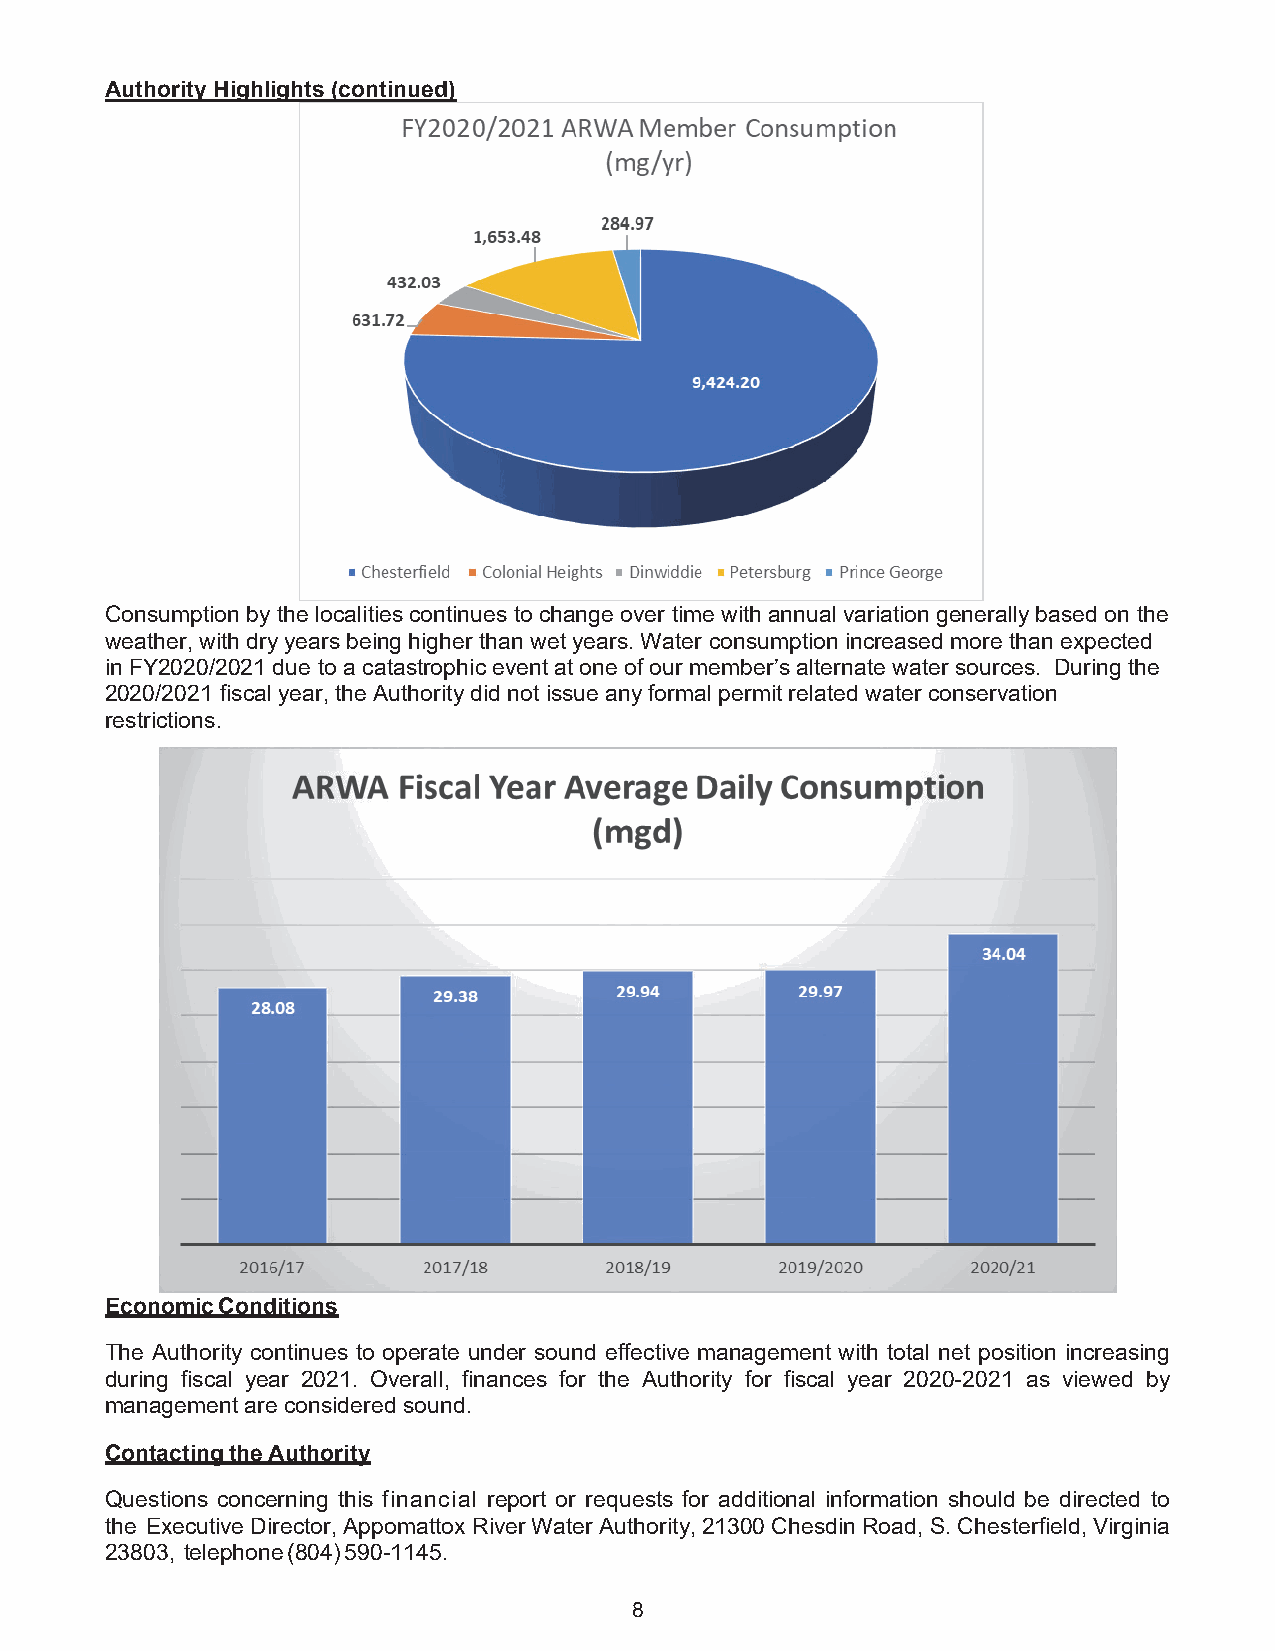
Authority Highlights (continued)
 Consumption by the localities continues to change over time with annual variation generally based on the
 weather, with dry years being higher than wet years. Water consumption increased more than expected
 in FY2020/2021 due to a catastrophic event at one of our member’s alternate water sources. During the
 2020/2021 fiscal year, the Authority did not issue any formal permit related water conservation
 restrictions.
 Economic Conditions
 The Authority continues to operate under sound effective management with total net position increasing
 during fiscal year 2021. Overall, finances for the Authority for fiscal year 2020-2021 as viewed by
 management are considered sound.
 Contacting the Authority
 Questions concerning this financial report or requests for additional information should be directed to
 the Executive Director, Appomattox River Water Authority, 21300 Chesdin Road, S. Chesterfield, Virginia
 23803, telephone (804) 590-1145.
 8